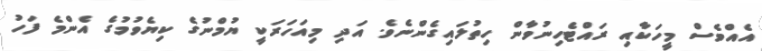
އެއްވެސް މީހަކާއި ރައްޓެހިނުވާން ހިތުލައިގެންނެވެ. އަދި މިއަހަރަކީ ޔުމްނުގެ ކިޔެވުމުގެ އެންމެ ފަހު